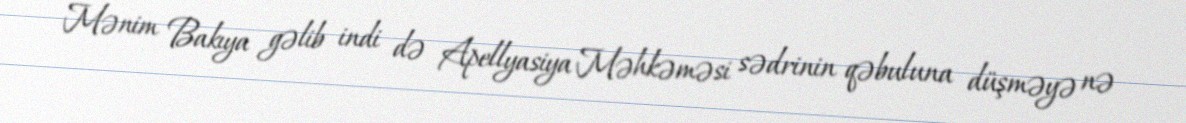
Mənim Bakıya gəlib indi də Apellyasiya Məhkəməsi sədrinin qəbuluna düşməyə nə